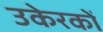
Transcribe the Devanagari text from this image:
उकेरकों